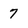
Character: 7